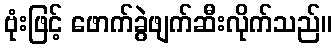
ဗုံးဖြင့် ဖောက်ခွဲဖျက်ဆီးလိုက်သည်။